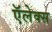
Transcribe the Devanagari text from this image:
ऍलेक्स